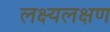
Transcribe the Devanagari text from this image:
लक्ष्यलक्षण